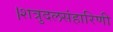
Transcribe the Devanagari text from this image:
।शत्रुदलसंहारिणी